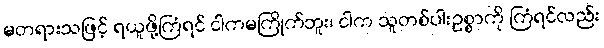
မတရားသဖြင့် ရယူဖို့ကြံရင် ငါကမကြိုက်ဘူး၊ ငါက သူတစ်ပါးဥစ္စာကို ကြံရင်လည်း